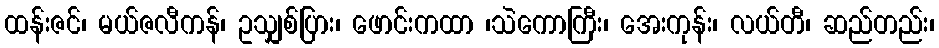
ထန်းဇင်၊ မယ်ဇလီကန်၊ ဥသျှစ်ပြား၊ ဖောင်းကထာ ၊သဲကောကြီး၊ အေးကုန်း၊ လယ်တီ၊ ဆည်တည်း၊